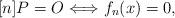
LaTeX: \begin{align*}[n] P = O \Longleftrightarrow f_n(x)=0,\end{align*}